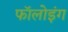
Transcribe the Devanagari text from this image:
फाॅलोइंग